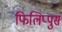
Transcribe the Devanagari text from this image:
फिलिप्पुस